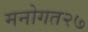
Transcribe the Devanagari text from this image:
मनोगत२७